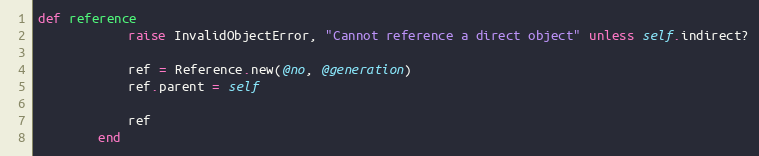
Language: Ruby
def reference
            raise InvalidObjectError, "Cannot reference a direct object" unless self.indirect?

            ref = Reference.new(@no, @generation)
            ref.parent = self

            ref
        end